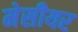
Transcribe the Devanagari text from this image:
मेसीयर